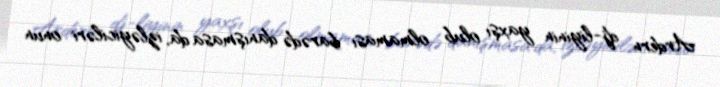
Ardern dj-liyinin yaxşı olub olmaması barədə danışmasa da, izləyiciləri onun